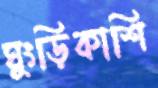
ঘুংড়িকাশি